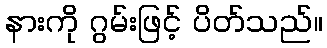
နားကို ဂွမ်းဖြင့် ပိတ်သည်။